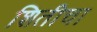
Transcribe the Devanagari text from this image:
शितीचा